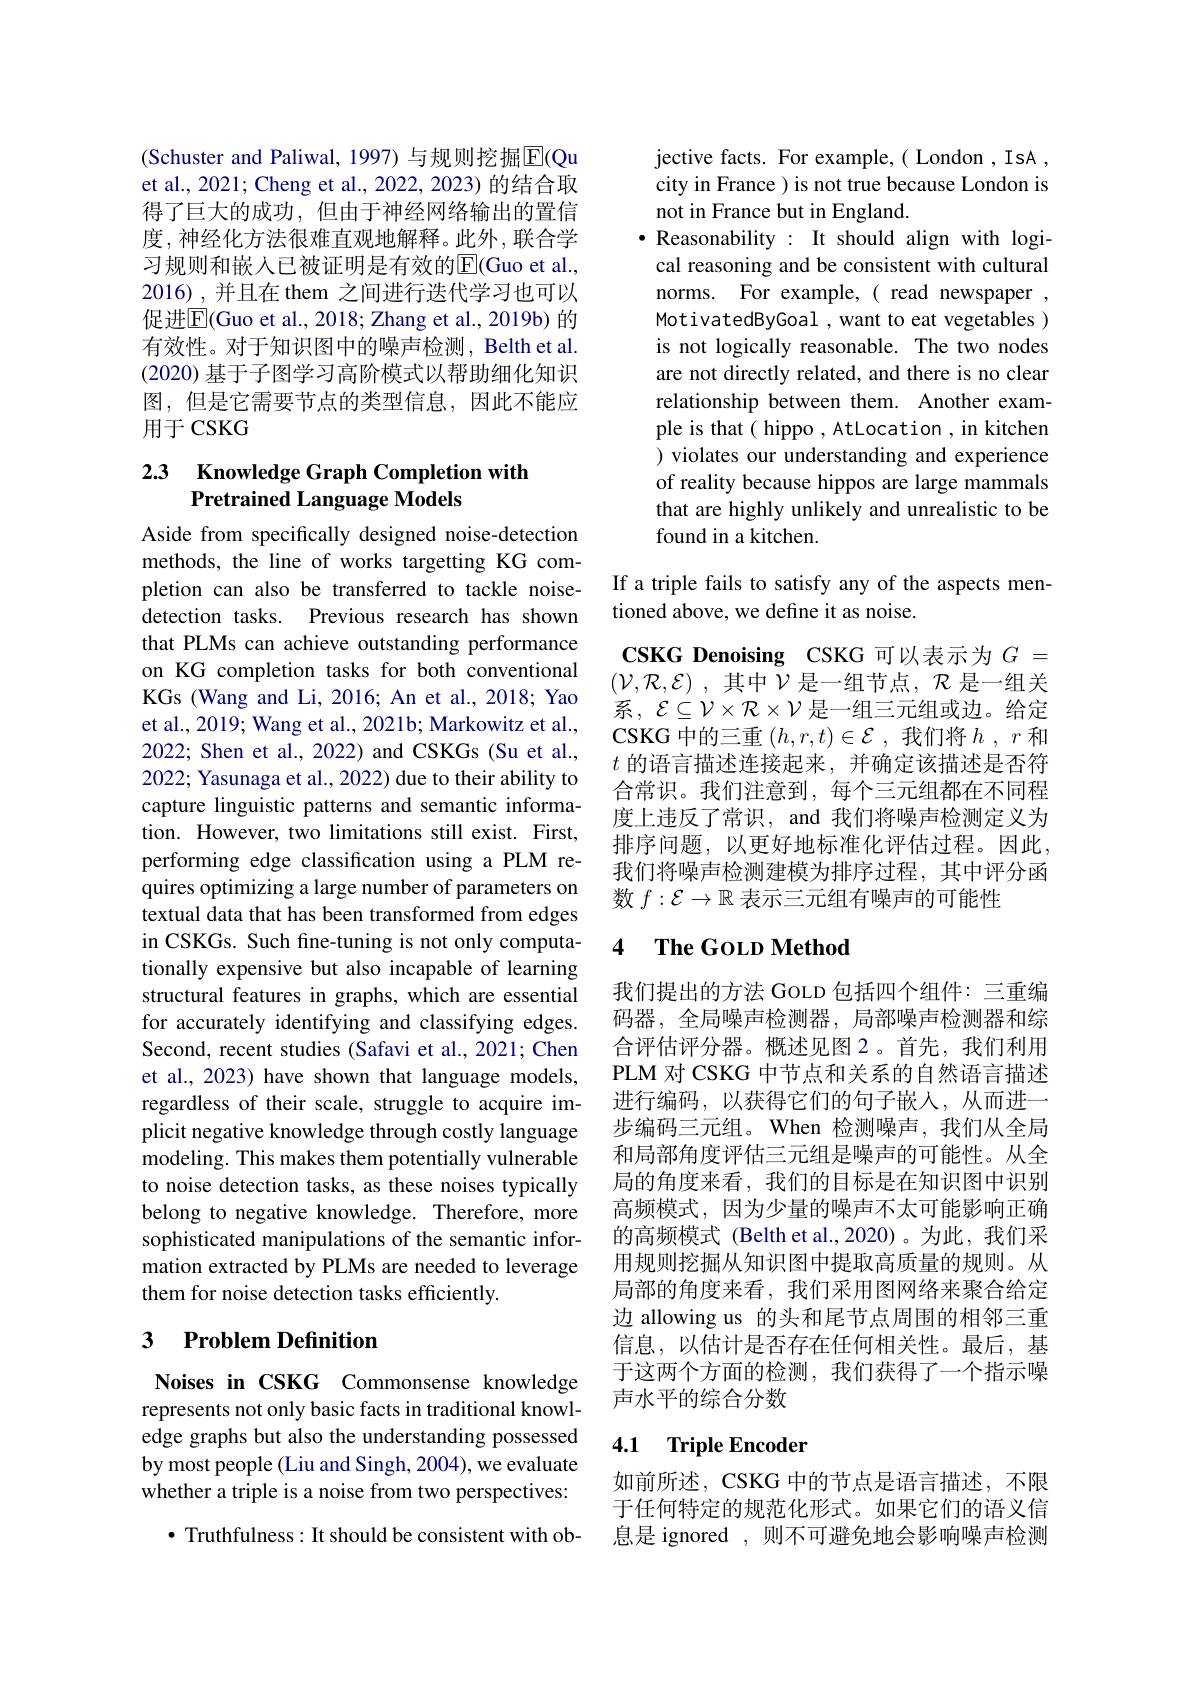
(Schuster and Paliwal, 1997) 与规则挖掘$\overline{\mathrm{E}}($Qu et al., 2021; Cheng et al., 2022, 2023) 的结合取得了巨大的成功，但由于神经网络输出的置信度，神经化方法很难直观地解释。此外，联合学习规则和嵌人已被证明是有效的$\overline{\mathrm{E}}($Guo et al., 2016),并且在 them 之间进行迭代学习也可以促进$\overline{\mathrm{E}}($Guo et al., 2018; Zhang et al., 2019b) 的有效性。对于知识图中的噪声检测，Belth et al. (2020) 基于子图学习高阶模式以帮助细化知识图，但是它需要节点的类型信息，因此不能应用于 CSKG

### 2.3 Knowledge Graph Completion with Pretrained Language Models

Aside from specifically designed noise-detection methods, the line of works targetting KG completion can also be transferred to tackle noisedetection tasks. Previous research has shown that PLMs can achieve outstanding performance on KG completion tasks for both conventional KGs (Wang and Li, 2016; An et al., 2018; Yao et al., 2019; Wang et al., 2021b; Markowitz et al., 2022; Shen et al., 2022) and CSKGs (Su et al., 2022; Yasunaga et al., 2022) due to their ability to capture linguistic patterns and semantic information. However, two limitations still exist. First, performing edge classification using a PLM requires optimizing a large number of parameters on textual data that has been transformed from edges in CSKGs. Such fine-tuning is not only computationally expensive but also incapable of learning structural features in graphs, which are essential for accurately identifying and classifying edges. Second, recent studies (Safavi et al., 2021; Chen et al., 2023) have shown that language models, regardless of their scale, struggle to acquire implicit negative knowledge through costly language modeling. This makes them potentially vulnerable to noise detection tasks, as these noises typically belong to negative knowledge. Therefore, more sophisticated manipulations of the semantic information extracted by PLMs are needed to leverage them for noise detection tasks efficiently.

## 3 $\textbf{Problem Definition}$

Noises in CSKG Commonsense knowledge represents not only basic facts in traditional knowledge graphs but also the understanding possessed by most people (Liu and Singh, 2004), we evaluate whether a triple is a noise from two perspectives:

$\bullet$ Truthfulness: It should be consistent with ob-

jective facts. For example,( London , IsA , city in France ) is not true because London is not in France but in England.
$\bullet$ Reasonability : It should align with logical reasoning and be consistent with cultural norms. For example,( read newspaper , MotivatedByGoal , want to eat vegetables ) is not logically reasonable. The two nodes are not directly related, and there is no clear relationship between them. Another example is that( hippo, AtLocation , in kitchen ) violates our understanding and experience of reality because hippos are large mammals that are highly unlikely and unrealistic to be found in a kitchen.

If a triple fails to satisfy any of the aspects men-
tioned above, we define it as noise.

CSKG Denoising CSKG 可以表示为$G=$ $( \mathcal{V} , \mathcal{R} , \mathcal{E} )$ , 其中$\mathcal{V}$是一组节点，$\mathcal{R}$ 是一组关系，$\mathcal{E}\subseteq\mathcal{V}\times\mathcal{R}\times\mathcal{V}$是一组三元组或边。给定CSKG 中的三重$(h,r,t)\in\mathcal{E}$ ,我们将$h,r$和$t$的语言描述连接起来，并确定该描述是否符合常识。我们注意到，每个三元组都在不同程度上违反了常识，and 我们将噪声检测定义为排序问题，以更好地标准化评估过程。因此， 我们将噪声检测建模为排序过程，其中评分函数$f:\mathcal{E}\to\mathbb{R}$表示三元组有噪声的可能性

### 4 $\textbf{The GOLD Method}$

我们提出的方法 GOLD 包括四个组件：三重编码器，全局噪声检测器，局部噪声检测器和综合评估评分器。概述见图 2。首先，我们利用PLM 对 CSKG 中节点和关系的自然语言描述进行编码，以获得它们的句子嵌入，从而进一步编码三元组。When 检测噪声，我们从全局和局部角度评估三元组是噪声的可能性。从全局的角度来看，我们的目标是在知识图中识别高频模式，因为少量的噪声不太可能影响正确的高频模式 (Belth et al.,2020)。为此，我们采用规则挖掘从知识图中提取高质量的规则。从局部的角度来看，我们采用图网络来聚合给定边 allowing us 的头和尾节点周围的相邻三重信息，以估计是否存在任何相关性。最后，基于这两个方面的检测，我们获得了一个指示噪声水平的综合分数

## 4.1 Triple Encoder

如前所述，CSKG 中的节点是语言描述，不限于任何特定的规范化形式。如果它们的语义信息是 ignored ,则不可避免地会影响噪声检测